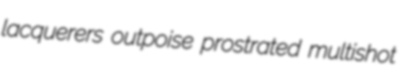
lacquerers outpoise prostrated multishot